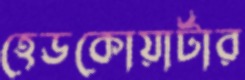
হেডকোয়ার্টার